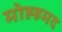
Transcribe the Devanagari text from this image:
मोह्हमद